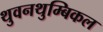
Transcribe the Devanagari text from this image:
थुवनथुम्बिकल